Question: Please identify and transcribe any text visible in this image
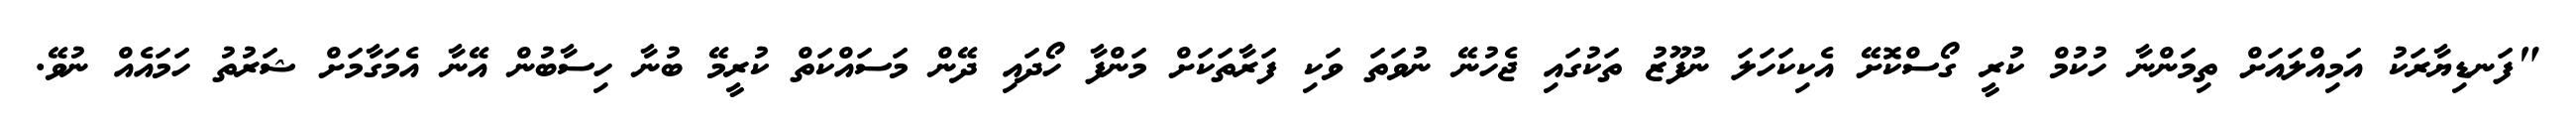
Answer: "ފަނޑިޔާރަކު އަމިއްލައަށް ތިމަންނާ ހުކުމް ކުރީ ގޯސްކޮށޭ އެކިކަހަލަ ނުފޫޒު ތަކުގައި ޖެހުނޭ ނުވަތަ ވަކި ފަރާތަކަށް މަންފާ ހޯދައި ދޭން މަސައްކަތް ކުރީމޭ ބުނާ ހިސާބުން އޭނާ އެމަގާމަށް ޝަރުތު ހަމައެއް ނުވޭ.